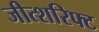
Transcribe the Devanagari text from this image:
जीत्शरिफ्ट